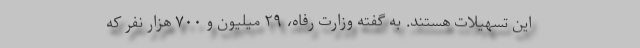
این تسهیلات هستند. به گفته وزارت رفاه، ۲۹ میلیون و ۷۰۰ هزار نفر که